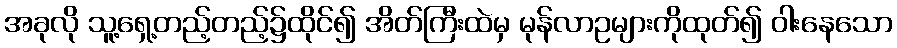
အခုလို သူ့ရှေ့တည့်တည့်၌ထိုင်၍ အိတ်ကြီးထဲမှ မုန်လာဥများကိုထုတ်၍ ဝါးနေသော